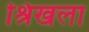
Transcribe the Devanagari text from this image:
श्रिखला